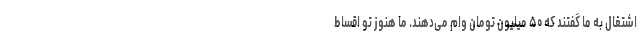
اشتغال به ما گفتند که ۵۰ میلیون تومان وام می‌دهند. ما هنوز تو اقساط